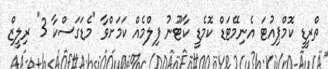
ތްރީޑީ ކޮމްޕިއުޓަ އެނިމޭޓަޑް ކޮމެޑީ ކާޓޫނު ފިލްމެއް ކަމަށްވާ "މެޑަގަސްކާ 3" ރިލީޒް